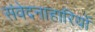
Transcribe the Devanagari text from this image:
संवेदनाहारियों